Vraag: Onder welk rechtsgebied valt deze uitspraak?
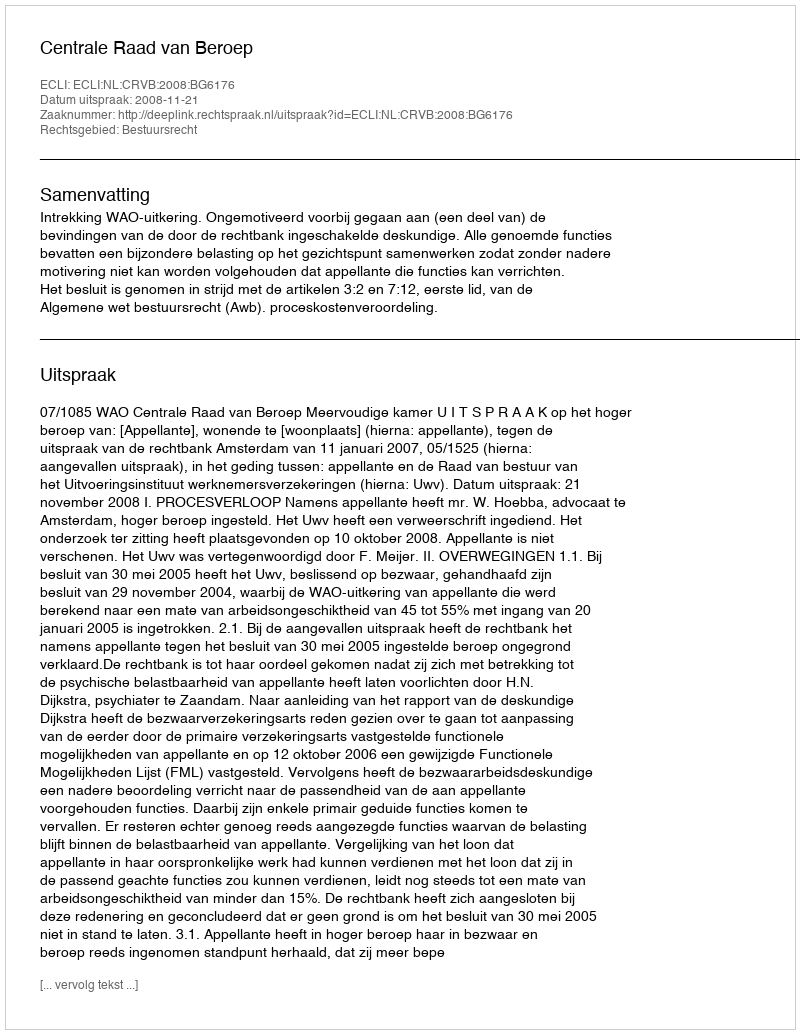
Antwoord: Bestuursrecht